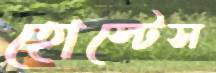
হোস্টেস